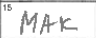
Transcription: MAK